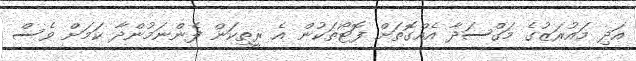
އަދި މައުރަޒުގެ މަގްސަދާ އެއްގޮތަށް ފޮޓޯތަކުން އެ ރީތިކަން ފެންނަމުންދާ ކަމަށް ވެސް